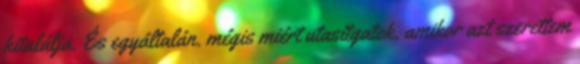
kitalálja. És egyáltalán. mégis miért utasítgatok, amikor azt szerettem